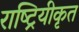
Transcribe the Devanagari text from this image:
राष्ट्रियीकृत